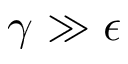
\gamma \gg \epsilon